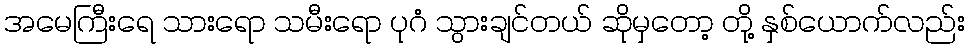
အမေကြီးရေ သားရော သမီးရော ပုဂံ သွားချင်တယ် ဆိုမှတော့ တို့ နှစ်ယောက်လည်း